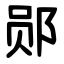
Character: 郧